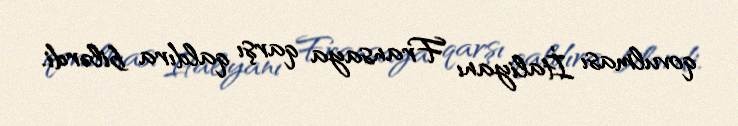
qovulması İtaliyanı Fransaya qarşı qaldıra bilərdi.